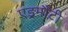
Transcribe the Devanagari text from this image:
एड्रमौंटी